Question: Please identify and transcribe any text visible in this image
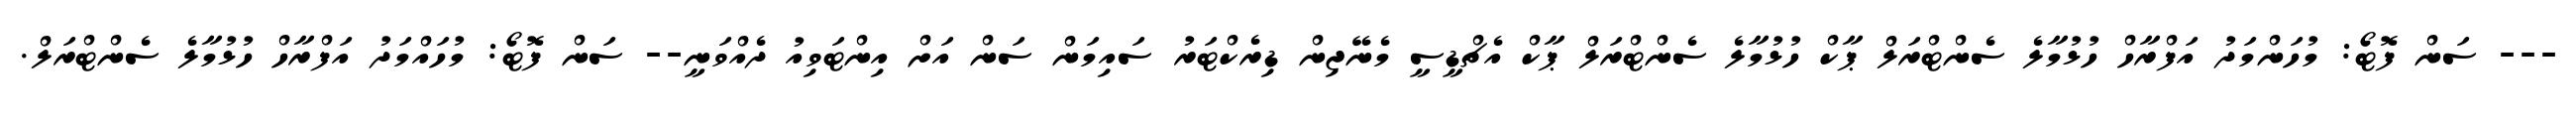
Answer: --- ސަން ފޮޓޯ: މުހަންމަދު އަފްރާހް ހުޅުމާލެ ސެންޓްރަލް ޕާކް ހުޅުމާލެ ސެންޓްރަލް ޕާކް އެޗްޑީސީ މެނޭޖިން ޑިރެކްޓަރު ސައިމަން ސަން އަށް އިންޓަވިއު ދެއްވަނީ-- ސަން ފޮޓޯ: މުހައްމަދު އަފްރާހް ހުޅުމާލެ ސެންޓްރަލް.